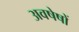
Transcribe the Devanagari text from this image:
अवषेषों